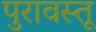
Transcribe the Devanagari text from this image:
पुरावस्तू